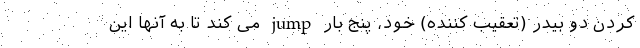
کردن دو بیدر (تعقیب کننده) خود، پنج بار jump می کند تا به آنها این